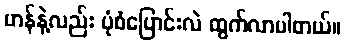
ဟန်နဲ့လည်း ပုံစံပြောင်းလဲ ထွက်လာပါတယ်။